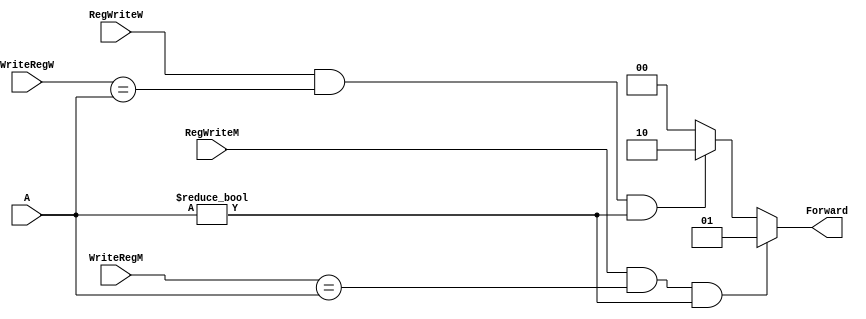
`timescale 1ns / 1ps
//////////////////////////////////////////////////////////////////////////////////
// Company: 
// Engineer: 
// 
// Design Name: 
// Module Name:    Forward_unit_2 
// Project Name: 
// Target Devices: 
// Tool versions: 
// Description: 
//
// Dependencies: 
//
// Revision: 
// Revision 0.01 - File Created
// Additional Comments: 
//
//////////////////////////////////////////////////////////////////////////////////
module Forward_unit_2(WriteRegM,RegWriteM,WriteRegW,RegWriteW,A,Forward);
		input [4:0] WriteRegM;
		input RegWriteM;
		input [4:0] WriteRegW;
		input RegWriteW;
		input [4:0] A;
		output reg [1:0] Forward;
		
		always@(*) begin
			if(RegWriteM==1&&WriteRegM==A&&A!=0) Forward<=1;
			else if(RegWriteW==1&&WriteRegW==A&&A!=0)Forward<=2;
			else Forward<=0;
		end

endmodule